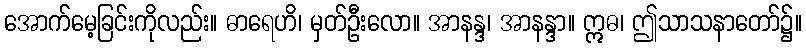
အောက်မေ့ခြင်းကိုလည်း။ ဓာရေဟိ၊ မှတ်ဦးလော။ အာနန္ဒ၊ အာနန္ဒာ။ ဣဓ၊ ဤသာသနာတော်၌။